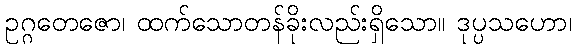
ဥဂ္ဂတေဇော၊ ထက်သောတန်ခိုးလည်းရှိသော။ ဒုပ္ပသဟော၊